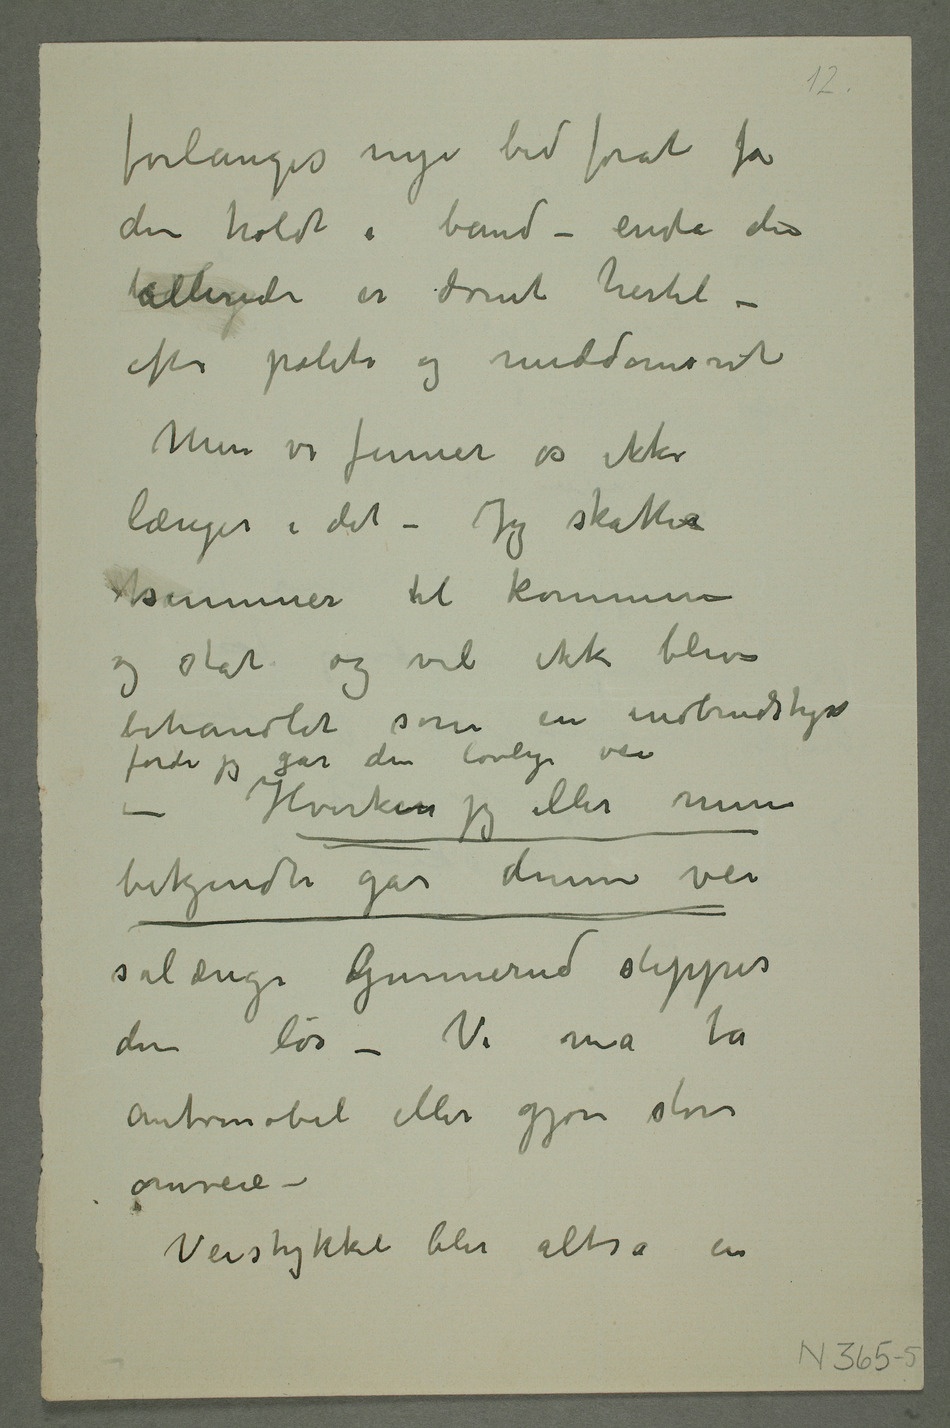
forlanges nye bid forat få
den holdt i bånd – enda den
efter politi og meddomsret
Men vi finner os ikke
længer i det – Jeg skattesr
summer til komune
og stat og vil ikke blive
behandlet som en indbrudstyv
fordi jeg går den lovlige vei
– Hverken jeg eller mine
bekjendte går denne vei
sålænge Gunnerud slipper
den løs – Vi må ta
automobil eller gjøre store
omveie –